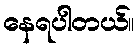
နေရပါတယ်။